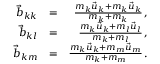
\begin{array} { r l r } { \vec { b } _ { k k } } & { = } & { \frac { m _ { k } \vec { u } _ { k } + m _ { k } \vec { u } _ { k } } { m _ { k } + m _ { k } } \, , } \\ { \vec { b } _ { k l } } & { = } & { \frac { m _ { k } \vec { u } _ { k } + m _ { l } \vec { u } _ { l } } { m _ { k } + m _ { l } } \, , } \\ { \vec { b } _ { k m } } & { = } & { \frac { m _ { k } \vec { u } _ { k } + m _ { m } \vec { u } _ { m } } { m _ { k } + m _ { m } } \, . } \end{array}